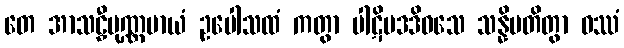
တေ အာသဠှီပုဏ္ဏမာယံ ဥပေါသထံ ကတွာ ပါဋိပဒဒိဝသေ သန္နိပတိတွာ ဝဿံ